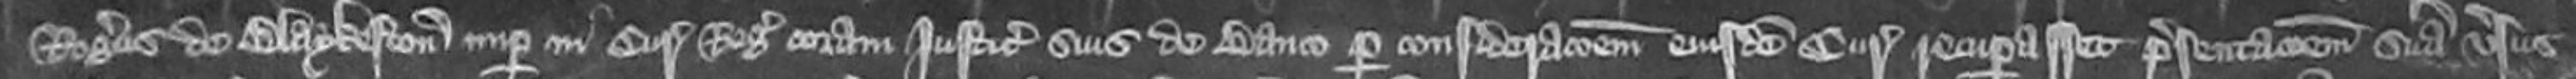
Rogerus de Blaykeston nuper in curia Regis coram Justiciariis suis de Banco per considerationem eiusdem Curie recuperasset presentacionem suam versus